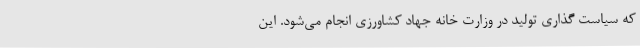
که سیاست گذاری تولید در وزارت خانه جهاد کشاورزی انجام می‌شود. این